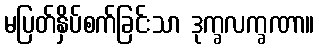
မပြတ်နှိပ်စက်ခြင်းသာ ဒုက္ခလက္ခဏာ။